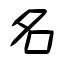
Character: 名